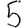
Digit: 5